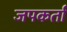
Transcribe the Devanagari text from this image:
जपकर्ता